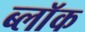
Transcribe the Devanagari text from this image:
ब्लाॅक